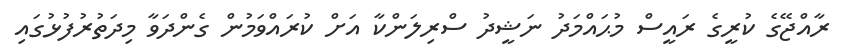
ރާއްޖޭގެ ކުރީގެ ރައީސް މުޙައްމަދު ނަޝީދު ސްރިލަންކާ އަށް ކުރައްވަމުން ގެންދަވާ މިދަތުރުފުޅުގައި